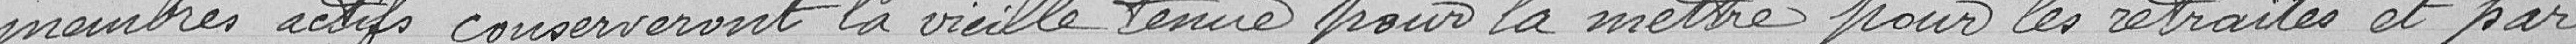
membres actifs conserveront la vieille tenue pour la mettre pour les retraites et par